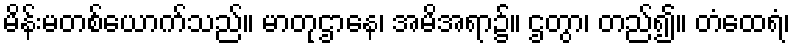
မိန်းမတစ်ယောက်သည်။ မာတုဌာနေ၊ အမိအရာ၌။ ဌတွာ၊ တည်၍။ တံထေရံ၊